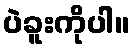
ပဲခူးကိုပါ။